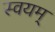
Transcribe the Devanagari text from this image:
स्वयम्‌